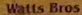
Watts Bros